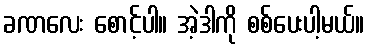
ခဏလေး စောင့်ပါ။ အဲ့ဒါကို စစ်ပေးပါ့မယ်။